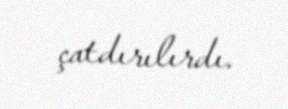
çatdırılırdı.